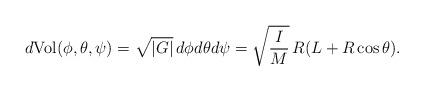
LaTeX: \begin{align*}d{\rm Vol}(\phi,\theta,\psi)=\sqrt{\left|G \right|}\,d\phi d\theta d\psi=\sqrt{\frac{I}{M}}\,R(L+R\cos\theta).\end{align*}